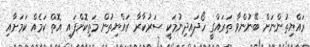
ރައްޔިތުންނަށް ބޭނުންވާ ތަރައްގީ ހޯދައިދިނުމަކީ ސަރުކާރާ ރައްޔިތުން މަތިކޮށްފައި އޮތް ކަމެއް ކަމަށާއި